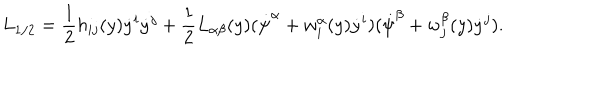
L _ { 1 / 2 } = \frac { 1 } { 2 } h _ { i j } ( y ) \dot { y } ^ { i } \dot { y } ^ { j } + \frac { 1 } { 2 } L _ { \alpha \beta } ( y ) ( \dot { \psi } ^ { \alpha } + w _ { i } ^ { \alpha } ( y ) \dot { y } ^ { i } ) ( \dot { \psi } ^ { \beta } + w _ { j } ^ { \beta } ( y ) \dot { y } ^ { j } ) .